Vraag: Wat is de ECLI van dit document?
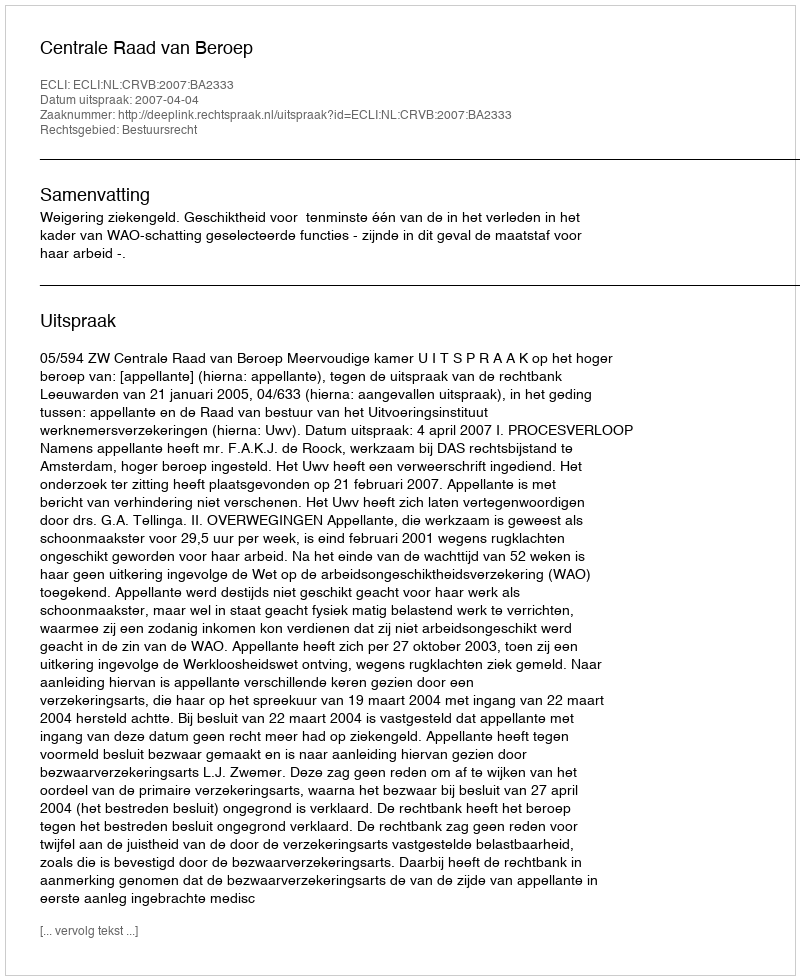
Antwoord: ECLI:NL:CRVB:2007:BA2333